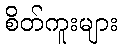
စိတ်ကူးများ